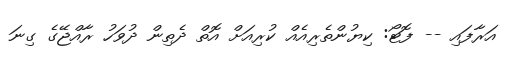
އަރާފައި -- ފޮޓޯ: ކިޔުންތެރިއެއް ކުރިއަށް އޮތް ދެތިން ދުވަހު ރާއްޖޭގެ ގިނަ